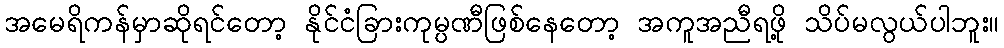
အမေရိကန်မှာဆိုရင်တော့ နိုင်ငံခြားကုမ္ပဏီဖြစ်နေတော့ အကူအညီရဖို့ သိပ်မလွယ်ပါဘူး။